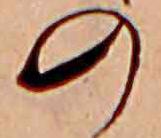
の